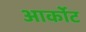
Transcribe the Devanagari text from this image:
आर्कोट